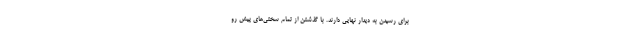
برای رسیدن به دیدار نهایی دارند. با گذشتن از تمام سختی‌های پیش رو